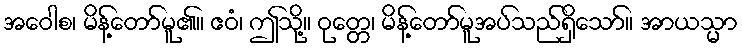
အဝေါစ၊ မိန့်တော်မူ၏။ ဧဝံ၊ ဤသို့။ ဝုတ္တေ၊ မိန့်တော်မူအပ်သည်ရှိသော်။ အာယသ္မာ